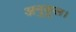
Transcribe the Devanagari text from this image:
अनुकूल।